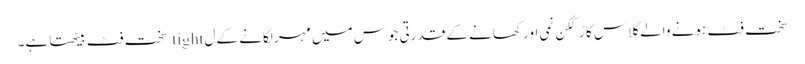
سخت فٹ ہونے والے گلاس کا ڑککن نمی اور کھانے کے قدرتی جوس میں مہر لگانے کے ل tight سخت فٹ بیٹھتا ہے۔